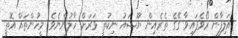
އަލިފާން ރޯވެފައިވާ ގޭގެ ތެރެއިން ޔޫޝައު ނިކުތީ ވަރަށް ހާލުންނެވެ. މީހުންތައް އޮތީ